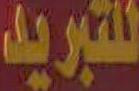
للتبريد